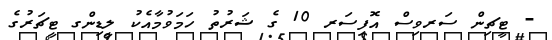
- ޓީޗިން ސަރވިސް އޮފިސަރ 10 ގެ ޝަރުތު ހަމަވުމާއެކު ލީޑިންގ ޓީޗަރުގެ